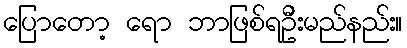
ပြောတော့ ရော ဘာဖြစ်ရဦးမည်နည်း။